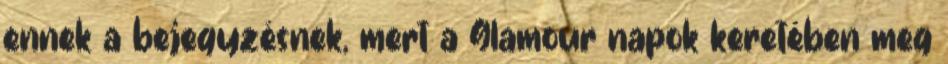
ennek a bejegyzésnek, mert a Glamour napok keretében meg